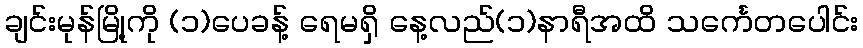
ချင်းမုန်မြို့ကို (၁)ပေခန့် ရေမရှိ နေ့လည်(၁)နာရီအထိ သင်္ကေတပေါင်း